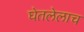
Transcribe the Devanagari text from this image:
घेतलेलाच